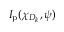
I _ { \mathrm { p } } ( \chi _ { D _ { k } } , \psi )